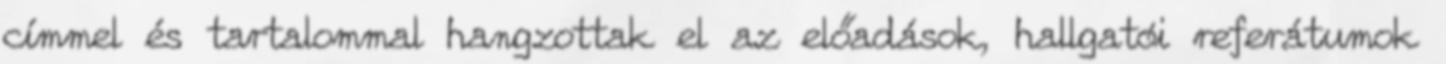
címmel és tartalommal hangzottak el az előadások, hallgatói referátumok